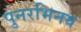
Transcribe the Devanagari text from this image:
पुनरभिनय